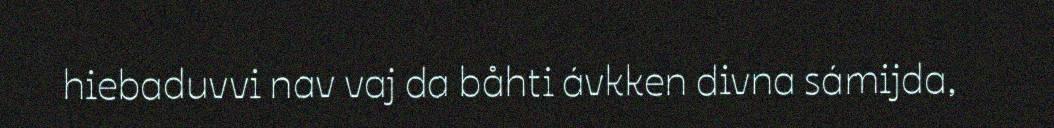
hiebaduvvi nav vaj da båhti ávkken divna sámijda,